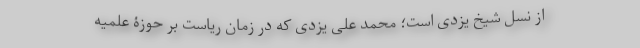
از نسلِ شیخ یزدی است؛ محمد علی یزدی که در زمان ریاست بر حوزۀ علمیه